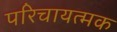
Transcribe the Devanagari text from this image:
परिचायत्मक